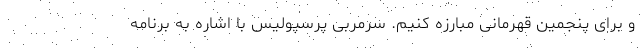
و برای پنجمین قهرمانی مبارزه کنیم. سرمربی پرسپولیس با اشاره به برنامه